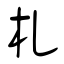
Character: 札